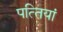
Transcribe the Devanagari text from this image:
पत्‍तियां